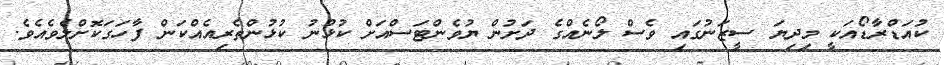
ކުއަޑްރާޑޯއަކީ މިދިޔަ ސީޒަނުގައި ވެސް ލޯނެއްގެ ދަށުން ޔުވެންޓަސްއަށް ކުޅުނު ކުޅުންތެރިއެއްކަން ފާހަގަކޮށްލެވެއެވެ.